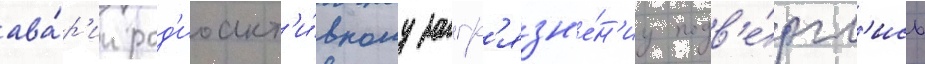
ава́р'ии рад'иоакт'и́вному загр'язн'е́н'иу подв'е́ргл'ись